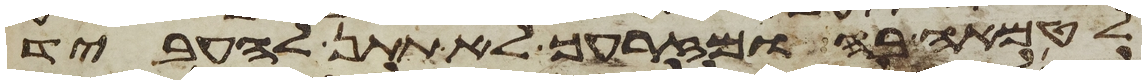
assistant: לטמאה בה ומזרעך לא תתן להעביד